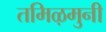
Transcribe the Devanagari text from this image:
तमिऴमुनी